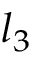
l _ { 3 }